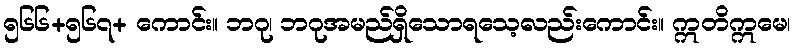
၅၆၆+၅၆၇+ ကောင်း။ ဘဂု၊ ဘဂုအမည်ရှိသောရသေ့လည်းကောင်း။ ဣတိဣမေ၊